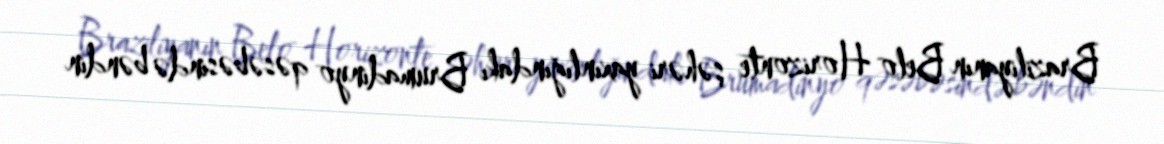
Braziliyanın Belo Horizonte şəhəri yaxınlığındakı Brumadinyo qəsəbəsində bəndin